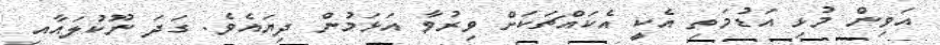
އަވިން މުޅި އަޑުމަތި އެކީ އެކައްޗަކަށް ވިރުވާ އަޅަމުން ދިޔައެވެ. ގަދަ ނޫކުލައާއި